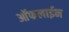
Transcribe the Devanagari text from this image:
आॅफलाईन